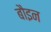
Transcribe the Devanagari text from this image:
बौइन